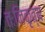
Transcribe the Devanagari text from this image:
तःनिकृत्य